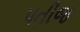
પતીજ